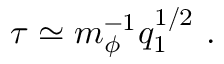
\tau \simeq m _ { \phi } ^ { - 1 } q _ { 1 } ^ { 1 / 2 } \ .